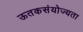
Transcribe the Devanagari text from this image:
ऊतकसंयोज्यता